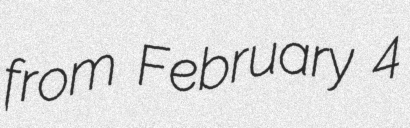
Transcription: from February 4